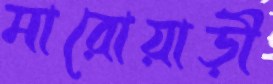
মারোয়াড়ী